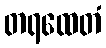
တရထေတံ